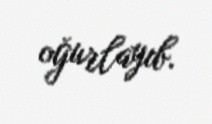
oğurlayıb.